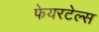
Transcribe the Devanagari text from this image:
फेयरटेल्स